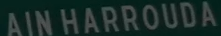
AIN HARROUDA